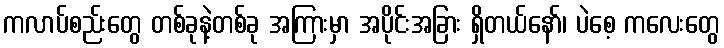
ကလာပ်စည်းတွေ တစ်ခုနဲ့တစ်ခု အကြားမှာ အပိုင်းအခြား ရှိတယ်နော်၊ ပဲစေ့ ကလေးတွေ